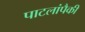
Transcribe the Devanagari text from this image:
पाटलांपैकी